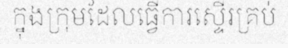
ក្នុងក្រុមដែលធ្វើការស្ទើរគ្រប់